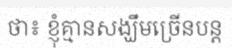
ថា៖ ខ្ញុំគ្មានសង្ឃឹមច្រើនបន្ត